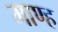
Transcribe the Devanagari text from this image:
माण्ह